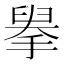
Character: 𢲓